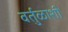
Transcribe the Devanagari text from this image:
वर्तुळाशी